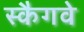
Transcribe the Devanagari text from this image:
स्कैगवे